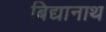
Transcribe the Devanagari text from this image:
बिद्यानाथ